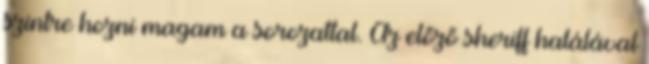
szintre hozni magam a sorozattal. Az előző sheriff halálával